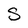
Character: S